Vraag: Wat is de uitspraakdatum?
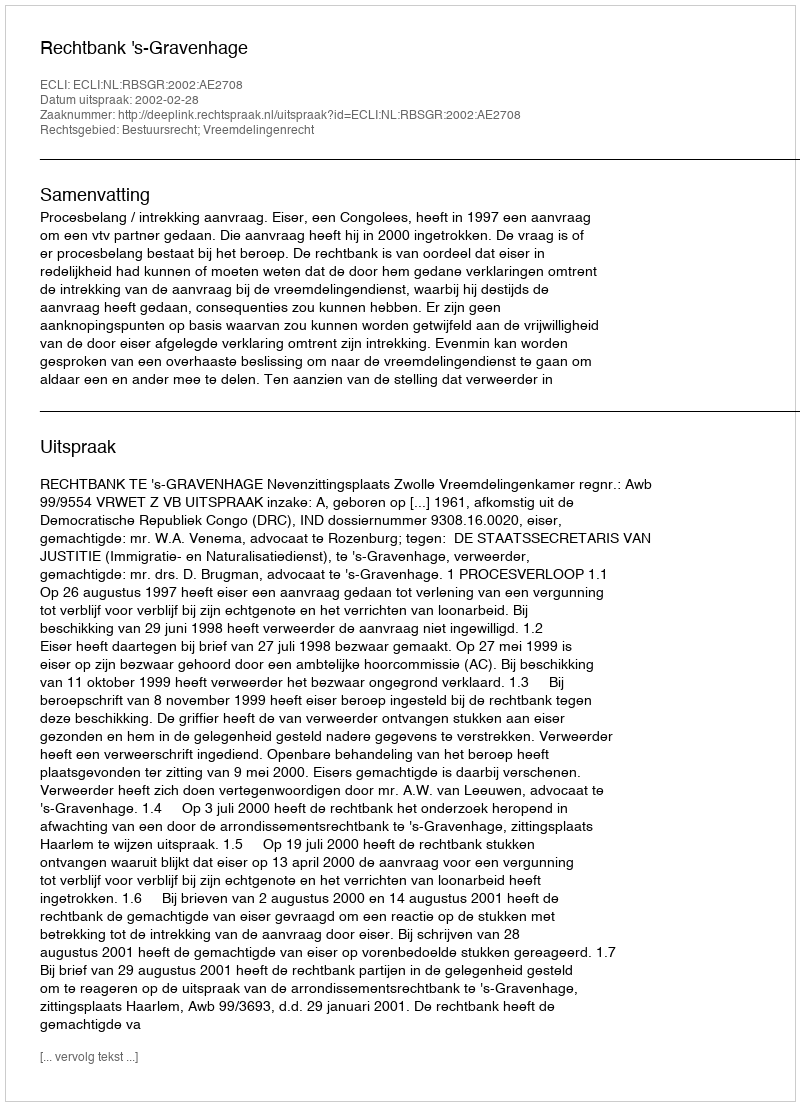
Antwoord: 2002-02-28